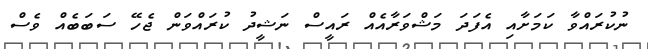
ނުކުރައްވާ ކަމަށާއި އެފަދަ މަޝްވަރާއެއް ރައީސް ނަޝީދު ކުރައްވަން ޖެހޭ ސަބަބެއް ވެސް